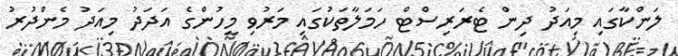
ލަންކާގައި މިއަދު ދިން ޓެރަރިސްޓް ހަމަލާތަކުގައި މަރުވި މީހުންގެ އަދަދު މިއަދު މެންދުރު